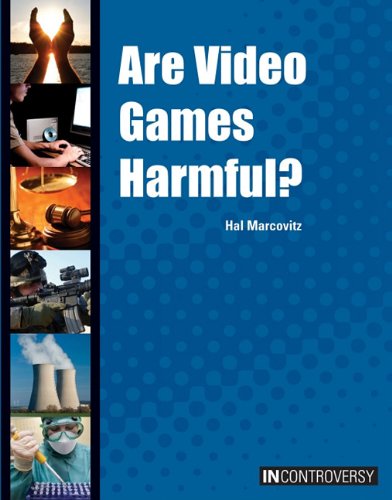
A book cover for Are Video Games Harmful? (In Controversy); Hal Marcovitz; Teen & Young Adult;